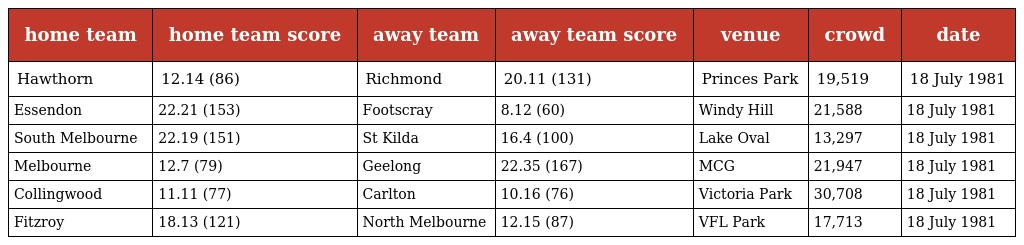
| home team | home team score | away team | away team score | venue | crowd | date |
 | --- | --- | --- | --- | --- | --- | --- |
 | Hawthorn | 12.14 (86) | Richmond | 20.11 (131) | Princes Park | 19,519 | 18 July 1981 |
 | Essendon | 22.21 (153) | Footscray | 8.12 (60) | Windy Hill | 21,588 | 18 July 1981 |
 | South Melbourne | 22.19 (151) | St Kilda | 16.4 (100) | Lake Oval | 13,297 | 18 July 1981 |
 | Melbourne | 12.7 (79) | Geelong | 22.35 (167) | MCG | 21,947 | 18 July 1981 |
 | Collingwood | 11.11 (77) | Carlton | 10.16 (76) | Victoria Park | 30,708 | 18 July 1981 |
 | Fitzroy | 18.13 (121) | North Melbourne | 12.15 (87) | VFL Park | 17,713 | 18 July 1981 |